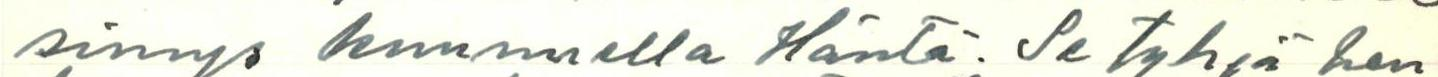
simys kuunnella Häntä. Se tyhjä hen